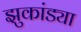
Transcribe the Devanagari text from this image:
झुकांड्या